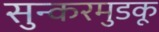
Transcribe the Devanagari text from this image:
सुन्करमुडकू